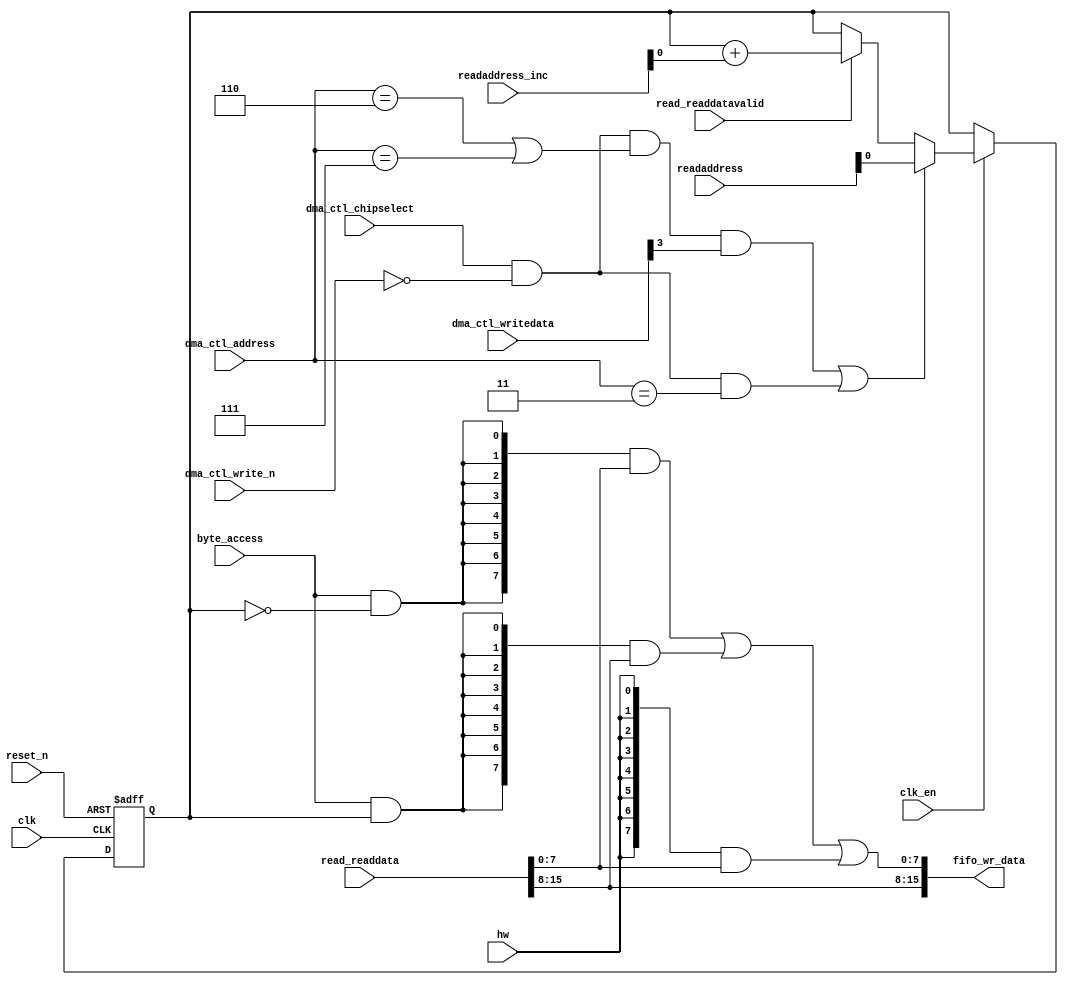
//Legal Notice: (C)2019 Altera Corporation. All rights reserved.  Your
//use of Altera Corporation's design tools, logic functions and other
//software and tools, and its AMPP partner logic functions, and any
//output files any of the foregoing (including device programming or
//simulation files), and any associated documentation or information are
//expressly subject to the terms and conditions of the Altera Program
//License Subscription Agreement or other applicable license agreement,
//including, without limitation, that your use is for the sole purpose
//of programming logic devices manufactured by Altera and sold by Altera
//or its authorized distributors.  Please refer to the applicable
//agreement for further details.

// synthesis translate_off
`timescale 1ns / 1ps
// synthesis translate_on

// turn off superfluous verilog processor warnings 
// altera message_level Level1 
// altera message_off 10034 10035 10036 10037 10230 10240 10030 

module Computer_System_dma1_read_read_data_mux (
                                                 // inputs:
                                                  byte_access,
                                                  clk,
                                                  clk_en,
                                                  dma_ctl_address,
                                                  dma_ctl_chipselect,
                                                  dma_ctl_write_n,
                                                  dma_ctl_writedata,
                                                  hw,
                                                  read_readdata,
                                                  read_readdatavalid,
                                                  readaddress,
                                                  readaddress_inc,
                                                  reset_n,

                                                 // outputs:
                                                  fifo_wr_data
                                               )
;

  output  [ 15: 0] fifo_wr_data;
  input            byte_access;
  input            clk;
  input            clk_en;
  input   [  2: 0] dma_ctl_address;
  input            dma_ctl_chipselect;
  input            dma_ctl_write_n;
  input   [ 31: 0] dma_ctl_writedata;
  input            hw;
  input   [ 15: 0] read_readdata;
  input            read_readdatavalid;
  input   [ 31: 0] readaddress;
  input   [  4: 0] readaddress_inc;
  input            reset_n;


wire             control_write;
wire    [ 15: 0] fifo_wr_data;
wire             length_write;
wire             read_data_mux_input;
reg              readdata_mux_select;
  assign control_write = dma_ctl_chipselect & ~dma_ctl_write_n & ((dma_ctl_address == 6) || (dma_ctl_address == 7));
  assign length_write = dma_ctl_chipselect & ~dma_ctl_write_n & (dma_ctl_address == 3);
  assign read_data_mux_input = ((control_write && dma_ctl_writedata[3] || length_write))? readaddress[1 : 0] :
    (read_readdatavalid)? (readdata_mux_select + readaddress_inc) :
    readdata_mux_select;

  // Reset value: the transaction size bits of the read address reset value.
  always @(posedge clk or negedge reset_n)
    begin
      if (reset_n == 0)
          readdata_mux_select <= 0;
      else if (clk_en)
          readdata_mux_select <= read_data_mux_input;
    end


  assign fifo_wr_data[15 : 8] = read_readdata[15 : 8];
  assign fifo_wr_data[7 : 0] = ({8 {(byte_access & (readdata_mux_select == 0))}} & read_readdata[7 : 0]) |
    ({8 {(byte_access & (readdata_mux_select == 1))}} & read_readdata[15 : 8]) |
    ({8 {hw}} & read_readdata[7 : 0]);


endmodule


// synthesis translate_off
`timescale 1ns / 1ps
// synthesis translate_on

// turn off superfluous verilog processor warnings 
// altera message_level Level1 
// altera message_off 10034 10035 10036 10037 10230 10240 10030 

module Computer_System_dma1_read_byteenables (
                                               // inputs:
                                                byte_access,
                                                hw,
                                                write_address,

                                               // outputs:
                                                write_byteenable
                                             )
;

  output  [  1: 0] write_byteenable;
  input            byte_access;
  input            hw;
  input   [ 25: 0] write_address;


wire             wa_0_is_0;
wire             wa_0_is_1;
wire    [  1: 0] write_byteenable;
  assign wa_0_is_1 = write_address[0] == 1'h1;
  assign wa_0_is_0 = write_address[0] == 1'h0;
  assign write_byteenable = ({2 {byte_access}} & {wa_0_is_1, wa_0_is_0}) |
    ({2 {hw}} & 2'b11);


endmodule


// synthesis translate_off
`timescale 1ns / 1ps
// synthesis translate_on

// turn off superfluous verilog processor warnings 
// altera message_level Level1 
// altera message_off 10034 10035 10036 10037 10230 10240 10030 

module Computer_System_dma1_read_fifo_module_fifo_ram_module (
                                                               // inputs:
                                                                clk,
                                                                data,
                                                                rdaddress,
                                                                rdclken,
                                                                reset_n,
                                                                wraddress,
                                                                wrclock,
                                                                wren,

                                                               // outputs:
                                                                q
                                                             )
;

  output  [ 15: 0] q;
  input            clk;
  input   [ 15: 0] data;
  input   [  4: 0] rdaddress;
  input            rdclken;
  input            reset_n;
  input   [  4: 0] wraddress;
  input            wrclock;
  input            wren;


reg     [ 15: 0] mem_array [ 31: 0];
wire    [ 15: 0] q;
reg     [  4: 0] read_address;

//synthesis translate_off
//////////////// SIMULATION-ONLY CONTENTS
  always @(posedge clk or negedge reset_n)
    begin
      if (reset_n == 0)
          read_address <= 0;
      else if (rdclken)
          read_address <= rdaddress;
    end


  // Data read is synchronized through latent_rdaddress.
  assign q = mem_array[read_address];

  always @(posedge wrclock)
    begin
      // Write data
      if (wren)
          mem_array[wraddress] <= data;
    end



//////////////// END SIMULATION-ONLY CONTENTS

//synthesis translate_on
//synthesis read_comments_as_HDL on
//  always @(rdaddress)
//    begin
//      read_address = rdaddress;
//    end
//
//
//  lpm_ram_dp lpm_ram_dp_component
//    (
//      .data (data),
//      .q (q),
//      .rdaddress (read_address),
//      .rdclken (rdclken),
//      .rdclock (clk),
//      .wraddress (wraddress),
//      .wrclock (wrclock),
//      .wren (wren)
//    );
//
//  defparam lpm_ram_dp_component.lpm_file = "UNUSED",
//           lpm_ram_dp_component.lpm_hint = "USE_EAB=ON",
//           lpm_ram_dp_component.lpm_indata = "REGISTERED",
//           lpm_ram_dp_component.lpm_outdata = "UNREGISTERED",
//           lpm_ram_dp_component.lpm_rdaddress_control = "REGISTERED",
//           lpm_ram_dp_component.lpm_width = 16,
//           lpm_ram_dp_component.lpm_widthad = 5,
//           lpm_ram_dp_component.lpm_wraddress_control = "REGISTERED",
//           lpm_ram_dp_component.suppress_memory_conversion_warnings = "ON";
//
//synthesis read_comments_as_HDL off

endmodule


// synthesis translate_off
`timescale 1ns / 1ps
// synthesis translate_on

// turn off superfluous verilog processor warnings 
// altera message_level Level1 
// altera message_off 10034 10035 10036 10037 10230 10240 10030 

module Computer_System_dma1_read_fifo_module (
                                               // inputs:
                                                clk,
                                                clk_en,
                                                fifo_read,
                                                fifo_wr_data,
                                                fifo_write,
                                                flush_fifo,
                                                inc_pending_data,
                                                reset_n,

                                               // outputs:
                                                fifo_datavalid,
                                                fifo_empty,
                                                fifo_rd_data,
                                                p1_fifo_full
                                             )
;

  output           fifo_datavalid;
  output           fifo_empty;
  output  [ 15: 0] fifo_rd_data;
  output           p1_fifo_full;
  input            clk;
  input            clk_en;
  input            fifo_read;
  input   [ 15: 0] fifo_wr_data;
  input            fifo_write;
  input            flush_fifo;
  input            inc_pending_data;
  input            reset_n;


wire    [  4: 0] estimated_rdaddress;
reg     [  4: 0] estimated_wraddress;
wire             fifo_datavalid;
wire             fifo_dec;
reg              fifo_empty;
reg              fifo_full;
wire             fifo_inc;
wire    [ 15: 0] fifo_ram_q;
wire    [ 15: 0] fifo_rd_data;
reg              last_write_collision;
reg     [ 15: 0] last_write_data;
wire    [  4: 0] p1_estimated_wraddress;
wire             p1_fifo_empty;
wire             p1_fifo_full;
wire    [  4: 0] p1_wraddress;
wire    [  4: 0] rdaddress;
reg     [  4: 0] rdaddress_reg;
reg     [  4: 0] wraddress;
wire             write_collision;
  assign p1_wraddress = (fifo_write)? wraddress - 1 :
    wraddress;

  always @(posedge clk or negedge reset_n)
    begin
      if (reset_n == 0)
          wraddress <= 0;
      else if (clk_en)
          if (flush_fifo)
              wraddress <= 0;
          else 
            wraddress <= p1_wraddress;
    end


  assign rdaddress = flush_fifo ? 0 : fifo_read ? (rdaddress_reg - 1) : rdaddress_reg;
  always @(posedge clk or negedge reset_n)
    begin
      if (reset_n == 0)
          rdaddress_reg <= 0;
      else 
        rdaddress_reg <= rdaddress;
    end


  assign fifo_datavalid = ~fifo_empty;
  assign fifo_inc = fifo_write & ~fifo_read;
  assign fifo_dec = fifo_read & ~fifo_write;
  assign estimated_rdaddress = rdaddress_reg - 1;
  assign p1_estimated_wraddress = (inc_pending_data)? estimated_wraddress - 1 :
    estimated_wraddress;

  always @(posedge clk or negedge reset_n)
    begin
      if (reset_n == 0)
          estimated_wraddress <= {5 {1'b1}};
      else if (clk_en)
          if (flush_fifo)
              estimated_wraddress <= {5 {1'b1}};
          else 
            estimated_wraddress <= p1_estimated_wraddress;
    end


  assign p1_fifo_empty = flush_fifo  | ((~fifo_inc & fifo_empty) | (fifo_dec & (wraddress == estimated_rdaddress)));
  always @(posedge clk or negedge reset_n)
    begin
      if (reset_n == 0)
          fifo_empty <= 1;
      else if (clk_en)
          fifo_empty <= p1_fifo_empty;
    end


  assign p1_fifo_full = ~flush_fifo & ((~fifo_dec & fifo_full)  | (inc_pending_data & (estimated_wraddress == rdaddress)));
  always @(posedge clk or negedge reset_n)
    begin
      if (reset_n == 0)
          fifo_full <= 0;
      else if (clk_en)
          fifo_full <= p1_fifo_full;
    end


  assign write_collision = fifo_write && (wraddress == rdaddress);
  always @(posedge clk or negedge reset_n)
    begin
      if (reset_n == 0)
          last_write_data <= 0;
      else if (write_collision)
          last_write_data <= fifo_wr_data;
    end


  always @(posedge clk or negedge reset_n)
    begin
      if (reset_n == 0)
          last_write_collision <= 0;
      else if (write_collision)
          last_write_collision <= -1;
      else if (fifo_read)
          last_write_collision <= 0;
    end


  assign fifo_rd_data = last_write_collision ? last_write_data : fifo_ram_q;
  //Computer_System_dma1_read_fifo_module_fifo_ram, which is an e_ram
  Computer_System_dma1_read_fifo_module_fifo_ram_module Computer_System_dma1_read_fifo_module_fifo_ram
    (
      .clk       (clk),
      .data      (fifo_wr_data),
      .q         (fifo_ram_q),
      .rdaddress (rdaddress),
      .rdclken   (1'b1),
      .reset_n   (reset_n),
      .wraddress (wraddress),
      .wrclock   (clk),
      .wren      (fifo_write)
    );


endmodule


// synthesis translate_off
`timescale 1ns / 1ps
// synthesis translate_on

// turn off superfluous verilog processor warnings 
// altera message_level Level1 
// altera message_off 10034 10035 10036 10037 10230 10240 10030 

module Computer_System_dma1_read_mem_read (
                                            // inputs:
                                             clk,
                                             clk_en,
                                             go,
                                             p1_done_read,
                                             p1_fifo_full,
                                             read_waitrequest,
                                             reset_n,

                                            // outputs:
                                             inc_read,
                                             mem_read_n
                                          )
;

  output           inc_read;
  output           mem_read_n;
  input            clk;
  input            clk_en;
  input            go;
  input            p1_done_read;
  input            p1_fifo_full;
  input            read_waitrequest;
  input            reset_n;


reg              Computer_System_dma1_read_mem_read_access;
reg              Computer_System_dma1_read_mem_read_idle;
wire             inc_read;
wire             mem_read_n;
wire             p1_read_select;
reg              read_select;
  assign mem_read_n = ~read_select;
  always @(posedge clk or negedge reset_n)
    begin
      if (reset_n == 0)
          read_select <= 0;
      else if (clk_en)
          read_select <= p1_read_select;
    end


  assign inc_read = read_select & ~read_waitrequest;
  // Transitions into state 'idle'.
  always @(posedge clk or negedge reset_n)
    begin
      if (reset_n == 0)
          Computer_System_dma1_read_mem_read_idle <= 1;
      else if (clk_en)
          Computer_System_dma1_read_mem_read_idle <= ((Computer_System_dma1_read_mem_read_idle == 1) & (go == 0)) |
                    ((Computer_System_dma1_read_mem_read_idle == 1) & (p1_done_read == 1)) |
                    ((Computer_System_dma1_read_mem_read_idle == 1) & (p1_fifo_full == 1)) |
                    ((Computer_System_dma1_read_mem_read_access == 1) & (p1_fifo_full == 1) & (read_waitrequest == 0)) |
                    ((Computer_System_dma1_read_mem_read_access == 1) & (p1_done_read == 1) & (read_waitrequest == 0));

    end


  // Transitions into state 'access'.
  always @(posedge clk or negedge reset_n)
    begin
      if (reset_n == 0)
          Computer_System_dma1_read_mem_read_access <= 0;
      else if (clk_en)
          Computer_System_dma1_read_mem_read_access <= ((Computer_System_dma1_read_mem_read_idle == 1) & (p1_fifo_full == 0) & (p1_done_read == 0) & (go == 1)) |
                    ((Computer_System_dma1_read_mem_read_access == 1) & (read_waitrequest == 1)) |
                    ((Computer_System_dma1_read_mem_read_access == 1) & (p1_fifo_full == 0) & (p1_done_read == 0) & (read_waitrequest == 0));

    end


  assign p1_read_select = ({1 {((Computer_System_dma1_read_mem_read_access && (read_waitrequest == 1)))}} & 1) |
    ({1 {((Computer_System_dma1_read_mem_read_access && (p1_done_read == 0) && (p1_fifo_full == 0) && (read_waitrequest == 0)))}} & 1) |
    ({1 {((Computer_System_dma1_read_mem_read_idle && (go == 1) && (p1_done_read == 0) && (p1_fifo_full == 0)))}} & 1);


endmodule


// synthesis translate_off
`timescale 1ns / 1ps
// synthesis translate_on

// turn off superfluous verilog processor warnings 
// altera message_level Level1 
// altera message_off 10034 10035 10036 10037 10230 10240 10030 

module Computer_System_dma1_read_mem_write (
                                             // inputs:
                                              d1_enabled_write_endofpacket,
                                              fifo_datavalid,
                                              write_waitrequest,

                                             // outputs:
                                              fifo_read,
                                              inc_write,
                                              mem_write_n,
                                              write_select
                                           )
;

  output           fifo_read;
  output           inc_write;
  output           mem_write_n;
  output           write_select;
  input            d1_enabled_write_endofpacket;
  input            fifo_datavalid;
  input            write_waitrequest;


wire             fifo_read;
wire             inc_write;
wire             mem_write_n;
wire             write_select;
  assign write_select = fifo_datavalid & ~d1_enabled_write_endofpacket;
  assign mem_write_n = ~write_select;
  assign fifo_read = write_select & ~write_waitrequest;
  assign inc_write = fifo_read;

endmodule


// synthesis translate_off
`timescale 1ns / 1ps
// synthesis translate_on

// turn off superfluous verilog processor warnings 
// altera message_level Level1 
// altera message_off 10034 10035 10036 10037 10230 10240 10030 

//DMA peripheral Computer_System_dma1_read
//Read slaves:
//ARM_A9_HPS_sdrctl.axi_slave0,ARM_A9_HPS_uart0.axi_slave0,ARM_A9_HPS_fpgamgr.axi_slave0,ARM_A9_HPS_sysmgr.axi_slave0,ARM_A9_HPS_fpgamgr.axi_slave1,ARM_A9_HPS_i2c1.axi_slave0,ARM_A9_HPS_dcan1.axi_slave0,ARM_A9_HPS_clkmgr.axi_slave0,ARM_A9_HPS_axi_sdram.axi_slave0,ARM_A9_HPS_gmac0.axi_slave0,ARM_A9_HPS_gpio1.axi_slave0,ARM_A9_HPS_l3regs.axi_slave0,ARM_A9_HPS_timer.axi_slave0,ARM_A9_HPS_spim0.axi_slave0,ARM_A9_HPS_i2c3.axi_slave0,ARM_A9_HPS_dma.axi_slave0,ARM_A9_HPS_timer1.axi_slave0,ARM_A9_HPS_usb1.axi_slave0,ARM_A9_HPS_timer3.axi_slave0,ARM_A9_HPS_sdmmc.axi_slave0,ARM_A9_HPS_uart1.axi_slave0,ARM_A9_HPS_qspi.axi_slave0,ARM_A9_HPS_L2.axi_slave0,ARM_A9_HPS_i2c0.axi_slave0,ARM_A9_HPS_dcan0.axi_slave0,ARM_A9_HPS_qspi.axi_slave1,ARM_A9_HPS_rstmgr.axi_slave0,ARM_A9_HPS_gpio0.axi_slave0,ARM_A9_HPS_i2c2.axi_slave0,ARM_A9_HPS_arm_gic_0.axi_slave0,ARM_A9_HPS_timer0.axi_slave0,ARM_A9_HPS_gmac1.axi_slave0,ARM_A9_HPS_gpio2.axi_slave0,ARM_A9_HPS_nand0.axi_slave0,ARM_A9_HPS_arm_gic_0.axi_slave1,ARM_A9_HPS_spim1.axi_slave0,ARM_A9_HPS_nand0.axi_slave1,ARM_A9_HPS_usb0.axi_slave0,ARM_A9_HPS_axi_ocram.axi_slave0,ARM_A9_HPS_timer2.axi_slave0; 
//Write slaves:
//SDRAM.s1; 


module Computer_System_dma1_read (
                                   // inputs:
                                    clk,
                                    dma_ctl_address,
                                    dma_ctl_chipselect,
                                    dma_ctl_write_n,
                                    dma_ctl_writedata,
                                    read_readdata,
                                    read_readdatavalid,
                                    read_waitrequest,
                                    system_reset_n,
                                    write_waitrequest,

                                   // outputs:
                                    dma_ctl_irq,
                                    dma_ctl_readdata,
                                    read_address,
                                    read_chipselect,
                                    read_read_n,
                                    write_address,
                                    write_byteenable,
                                    write_chipselect,
                                    write_write_n,
                                    write_writedata
                                 )
  /* synthesis ALTERA_ATTRIBUTE = "SUPPRESS_DA_RULE_INTERNAL=\"R101\"" */ ;

  output           dma_ctl_irq;
  output  [ 31: 0] dma_ctl_readdata;
  output  [ 31: 0] read_address;
  output           read_chipselect;
  output           read_read_n;
  output  [ 25: 0] write_address;
  output  [  1: 0] write_byteenable;
  output           write_chipselect;
  output           write_write_n;
  output  [ 15: 0] write_writedata;
  input            clk;
  input   [  2: 0] dma_ctl_address;
  input            dma_ctl_chipselect;
  input            dma_ctl_write_n;
  input   [ 31: 0] dma_ctl_writedata;
  input   [ 15: 0] read_readdata;
  input            read_readdatavalid;
  input            read_waitrequest;
  input            system_reset_n;
  input            write_waitrequest;


wire             busy;
wire             byte_access;
wire             clk_en;
reg     [ 12: 0] control;
reg              d1_done_transaction;
reg              d1_enabled_write_endofpacket;
reg              d1_read_got_endofpacket;
reg              d1_softwarereset;
wire             dma_ctl_irq;
reg     [ 31: 0] dma_ctl_readdata;
reg              done;
wire             done_transaction;
reg              done_write;
wire             doubleword;
wire             enabled_write_endofpacket;
wire             fifo_datavalid;
wire             fifo_empty;
wire    [ 15: 0] fifo_rd_data;
wire    [ 15: 0] fifo_rd_data_as_byte_access;
wire    [ 15: 0] fifo_rd_data_as_hw;
wire             fifo_read;
wire    [ 15: 0] fifo_wr_data;
wire             fifo_write;
wire             fifo_write_data_valid;
wire             flush_fifo;
wire             go;
wire             hw;
wire             i_en;
wire             inc_read;
wire             inc_write;
wire             leen;
reg              len;
reg     [ 31: 0] length;
reg              length_eq_0;
wire             mem_read_n;
wire             mem_write_n;
wire    [ 12: 0] p1_control;
wire    [ 31: 0] p1_dma_ctl_readdata;
wire             p1_done_read;
wire             p1_done_write;
wire             p1_fifo_full;
wire    [ 31: 0] p1_length;
wire             p1_length_eq_0;
wire             p1_read_got_endofpacket;
wire    [ 31: 0] p1_readaddress;
wire             p1_write_got_endofpacket;
wire    [ 25: 0] p1_writeaddress;
wire    [ 31: 0] p1_writelength;
wire             p1_writelength_eq_0;
wire             quadword;
wire             rcon;
wire    [ 31: 0] read_address;
wire             read_chipselect;
wire             read_endofpacket;
reg              read_got_endofpacket;
wire             read_read_n;
reg     [ 31: 0] readaddress;
wire    [  4: 0] readaddress_inc;
wire             reen;
reg              reop;
reg              reset_n;
wire             set_software_reset_bit;
reg              software_reset_request;
wire             softwarereset;
wire    [  4: 0] status;
wire             status_register_write;
wire             wcon;
wire             ween;
reg              weop;
wire             word;
wire    [ 25: 0] write_address;
wire    [  1: 0] write_byteenable;
wire             write_chipselect;
wire             write_endofpacket;
reg              write_got_endofpacket;
wire             write_select;
wire             write_write_n;
wire    [ 15: 0] write_writedata;
reg     [ 25: 0] writeaddress;
wire    [  4: 0] writeaddress_inc;
reg     [ 31: 0] writelength;
reg              writelength_eq_0;
  assign clk_en = 1;
  //control_port_slave, which is an e_avalon_slave
  //read_master, which is an e_avalon_master
  Computer_System_dma1_read_read_data_mux the_Computer_System_dma1_read_read_data_mux
    (
      .byte_access        (byte_access),
      .clk                (clk),
      .clk_en             (clk_en),
      .dma_ctl_address    (dma_ctl_address),
      .dma_ctl_chipselect (dma_ctl_chipselect),
      .dma_ctl_write_n    (dma_ctl_write_n),
      .dma_ctl_writedata  (dma_ctl_writedata),
      .fifo_wr_data       (fifo_wr_data),
      .hw                 (hw),
      .read_readdata      (read_readdata),
      .read_readdatavalid (read_readdatavalid),
      .readaddress        (readaddress),
      .readaddress_inc    (readaddress_inc),
      .reset_n            (reset_n)
    );

  //write_master, which is an e_avalon_master
  Computer_System_dma1_read_byteenables the_Computer_System_dma1_read_byteenables
    (
      .byte_access      (byte_access),
      .hw               (hw),
      .write_address    (write_address),
      .write_byteenable (write_byteenable)
    );

  assign read_read_n = mem_read_n;
  assign status_register_write = dma_ctl_chipselect & ~dma_ctl_write_n & (dma_ctl_address == 0);
  // read address
  always @(posedge clk or negedge reset_n)
    begin
      if (reset_n == 0)
          readaddress <= 32'h0;
      else if (clk_en)
          readaddress <= p1_readaddress;
    end


  assign p1_readaddress = ((dma_ctl_chipselect & ~dma_ctl_write_n & (dma_ctl_address == 1)))? dma_ctl_writedata :
    (inc_read)? (readaddress + readaddress_inc) :
    readaddress;

  // write address
  always @(posedge clk or negedge reset_n)
    begin
      if (reset_n == 0)
          writeaddress <= 26'h0;
      else if (clk_en)
          writeaddress <= p1_writeaddress;
    end


  assign p1_writeaddress = ((dma_ctl_chipselect & ~dma_ctl_write_n & (dma_ctl_address == 2)))? dma_ctl_writedata :
    (inc_write)? (writeaddress + writeaddress_inc) :
    writeaddress;

  // length in bytes
  always @(posedge clk or negedge reset_n)
    begin
      if (reset_n == 0)
          length <= 32'h0;
      else if (clk_en)
          length <= p1_length;
    end


  assign p1_length = ((dma_ctl_chipselect & ~dma_ctl_write_n & (dma_ctl_address == 3)))? dma_ctl_writedata :
    ((inc_read && (!length_eq_0)))? length - {1'b0,
    1'b0,
    1'b0,
    hw,
    byte_access} :
    length;

  // control register
  always @(posedge clk or negedge reset_n)
    begin
      if (reset_n == 0)
          control <= 13'h84;
      else if (clk_en)
          control <= p1_control;
    end


  assign p1_control = ((dma_ctl_chipselect & ~dma_ctl_write_n & ((dma_ctl_address == 6) || (dma_ctl_address == 7))))? dma_ctl_writedata :
    control;

  // write master length
  always @(posedge clk or negedge reset_n)
    begin
      if (reset_n == 0)
          writelength <= 32'h0;
      else if (clk_en)
          writelength <= p1_writelength;
    end


  assign p1_writelength = ((dma_ctl_chipselect & ~dma_ctl_write_n & (dma_ctl_address == 3)))? dma_ctl_writedata :
    ((inc_write && (!writelength_eq_0)))? writelength - {1'b0,
    1'b0,
    1'b0,
    hw,
    byte_access} :
    writelength;

  assign p1_writelength_eq_0 = inc_write && (!writelength_eq_0) && ((writelength  - {1'b0,
    1'b0,
    1'b0,
    hw,
    byte_access}) == 0);

  assign p1_length_eq_0 = inc_read && (!length_eq_0) && ((length  - {1'b0,
    1'b0,
    1'b0,
    hw,
    byte_access}) == 0);

  always @(posedge clk or negedge reset_n)
    begin
      if (reset_n == 0)
          length_eq_0 <= 1;
      else if (clk_en)
          if (dma_ctl_chipselect & ~dma_ctl_write_n & (dma_ctl_address == 3))
              length_eq_0 <= 0;
          else if (p1_length_eq_0)
              length_eq_0 <= -1;
    end


  always @(posedge clk or negedge reset_n)
    begin
      if (reset_n == 0)
          writelength_eq_0 <= 1;
      else if (clk_en)
          if (dma_ctl_chipselect & ~dma_ctl_write_n & (dma_ctl_address == 3))
              writelength_eq_0 <= 0;
          else if (p1_writelength_eq_0)
              writelength_eq_0 <= -1;
    end


  assign writeaddress_inc = (wcon)? 0 :
    {1'b0,
    1'b0,
    1'b0,
    hw,
    byte_access};

  assign readaddress_inc = (rcon)? 0 :
    {1'b0,
    1'b0,
    1'b0,
    hw,
    byte_access};

  assign p1_dma_ctl_readdata = ({32 {(dma_ctl_address == 0)}} & status) |
    ({32 {(dma_ctl_address == 1)}} & readaddress) |
    ({32 {(dma_ctl_address == 2)}} & writeaddress) |
    ({32 {(dma_ctl_address == 3)}} & writelength) |
    ({32 {(dma_ctl_address == 6)}} & control);

  always @(posedge clk or negedge reset_n)
    begin
      if (reset_n == 0)
          dma_ctl_readdata <= 0;
      else if (clk_en)
          dma_ctl_readdata <= p1_dma_ctl_readdata;
    end


  assign done_transaction = go & done_write;
  always @(posedge clk or negedge reset_n)
    begin
      if (reset_n == 0)
          done <= 0;
      else if (clk_en)
          if (status_register_write)
              done <= 0;
          else if (done_transaction & ~d1_done_transaction)
              done <= -1;
    end


  always @(posedge clk or negedge reset_n)
    begin
      if (reset_n == 0)
          d1_done_transaction <= 0;
      else if (clk_en)
          d1_done_transaction <= done_transaction;
    end


  assign busy = go & ~done_write;
  assign status[0] = done;
  assign status[1] = busy;
  assign status[2] = reop;
  assign status[3] = weop;
  assign status[4] = len;
  assign byte_access = control[0];
  assign hw = control[1];
  assign word = control[2];
  assign go = control[3];
  assign i_en = control[4];
  assign reen = control[5];
  assign ween = control[6];
  assign leen = control[7];
  assign rcon = control[8];
  assign wcon = control[9];
  assign doubleword = control[10];
  assign quadword = control[11];
  assign softwarereset = control[12];
  assign dma_ctl_irq = i_en & done;
  assign p1_read_got_endofpacket = ~status_register_write && (read_got_endofpacket || (read_endofpacket & reen));
  assign p1_write_got_endofpacket = ~status_register_write && (write_got_endofpacket || (inc_write & write_endofpacket & ween));
  always @(posedge clk or negedge reset_n)
    begin
      if (reset_n == 0)
          read_got_endofpacket <= 0;
      else if (clk_en)
          read_got_endofpacket <= p1_read_got_endofpacket;
    end


  always @(posedge clk or negedge reset_n)
    begin
      if (reset_n == 0)
          write_got_endofpacket <= 0;
      else if (clk_en)
          write_got_endofpacket <= p1_write_got_endofpacket;
    end


  assign flush_fifo = ~d1_done_transaction & done_transaction;
  Computer_System_dma1_read_fifo_module the_Computer_System_dma1_read_fifo_module
    (
      .clk              (clk),
      .clk_en           (clk_en),
      .fifo_datavalid   (fifo_datavalid),
      .fifo_empty       (fifo_empty),
      .fifo_rd_data     (fifo_rd_data),
      .fifo_read        (fifo_read),
      .fifo_wr_data     (fifo_wr_data),
      .fifo_write       (fifo_write),
      .flush_fifo       (flush_fifo),
      .inc_pending_data (inc_read),
      .p1_fifo_full     (p1_fifo_full),
      .reset_n          (reset_n)
    );

  //the_Computer_System_dma1_read_mem_read, which is an e_instance
  Computer_System_dma1_read_mem_read the_Computer_System_dma1_read_mem_read
    (
      .clk              (clk),
      .clk_en           (clk_en),
      .go               (go),
      .inc_read         (inc_read),
      .mem_read_n       (mem_read_n),
      .p1_done_read     (p1_done_read),
      .p1_fifo_full     (p1_fifo_full),
      .read_waitrequest (read_waitrequest),
      .reset_n          (reset_n)
    );

  assign fifo_write = fifo_write_data_valid;
  assign enabled_write_endofpacket = write_endofpacket & ween;
  always @(posedge clk or negedge reset_n)
    begin
      if (reset_n == 0)
          d1_enabled_write_endofpacket <= 0;
      else if (clk_en)
          d1_enabled_write_endofpacket <= enabled_write_endofpacket;
    end


  Computer_System_dma1_read_mem_write the_Computer_System_dma1_read_mem_write
    (
      .d1_enabled_write_endofpacket (d1_enabled_write_endofpacket),
      .fifo_datavalid               (fifo_datavalid),
      .fifo_read                    (fifo_read),
      .inc_write                    (inc_write),
      .mem_write_n                  (mem_write_n),
      .write_select                 (write_select),
      .write_waitrequest            (write_waitrequest)
    );

  assign p1_done_read = (leen && (p1_length_eq_0 || (length_eq_0))) | p1_read_got_endofpacket | p1_done_write;
  always @(posedge clk or negedge reset_n)
    begin
      if (reset_n == 0)
          len <= 0;
      else if (clk_en)
          if (status_register_write)
              len <= 0;
          else if (~d1_done_transaction & done_transaction && (writelength_eq_0))
              len <= -1;
    end


  always @(posedge clk or negedge reset_n)
    begin
      if (reset_n == 0)
          reop <= 0;
      else if (clk_en)
          if (status_register_write)
              reop <= 0;
          else if (fifo_empty & read_got_endofpacket & d1_read_got_endofpacket)
              reop <= -1;
    end


  always @(posedge clk or negedge reset_n)
    begin
      if (reset_n == 0)
          weop <= 0;
      else if (clk_en)
          if (status_register_write)
              weop <= 0;
          else if (write_got_endofpacket)
              weop <= -1;
    end


  assign p1_done_write = (leen && (p1_writelength_eq_0 || writelength_eq_0)) | p1_write_got_endofpacket | fifo_empty & d1_read_got_endofpacket;
  always @(posedge clk or negedge reset_n)
    begin
      if (reset_n == 0)
          d1_read_got_endofpacket <= 0;
      else if (clk_en)
          d1_read_got_endofpacket <= read_got_endofpacket;
    end


  // Write has completed when the length goes to 0, or
  //the write source said end-of-packet, or
  //the read source said end-of-packet and the fifo has emptied.
  always @(posedge clk or negedge reset_n)
    begin
      if (reset_n == 0)
          done_write <= 0;
      else if (clk_en)
          done_write <= p1_done_write;
    end


  assign read_address = readaddress;
  assign write_address = writeaddress;
  assign write_chipselect = write_select;
  assign read_chipselect = ~read_read_n;
  assign write_write_n = mem_write_n;
  assign fifo_rd_data_as_byte_access = {fifo_rd_data[7 : 0],
    fifo_rd_data[7 : 0]};

  assign fifo_rd_data_as_hw = fifo_rd_data[15 : 0];
  assign write_writedata = ({16 {byte_access}} & fifo_rd_data_as_byte_access) |
    ({16 {hw}} & fifo_rd_data_as_hw);

  assign fifo_write_data_valid = read_readdatavalid;
  assign set_software_reset_bit = ((dma_ctl_chipselect & ~dma_ctl_write_n & ((dma_ctl_address == 6) || (dma_ctl_address == 7)))) & (dma_ctl_address != 7) & dma_ctl_writedata[12];
  always @(posedge clk or negedge system_reset_n)
    begin
      if (system_reset_n == 0)
          d1_softwarereset <= 0;
      else if (set_software_reset_bit | software_reset_request)
          d1_softwarereset <= softwarereset & ~software_reset_request;
    end


  always @(posedge clk or negedge system_reset_n)
    begin
      if (system_reset_n == 0)
          software_reset_request <= 0;
      else if (set_software_reset_bit | software_reset_request)
          software_reset_request <= d1_softwarereset & ~software_reset_request;
    end


  always @(posedge clk or negedge system_reset_n)
    begin
      if (system_reset_n == 0)
          reset_n <= 0;
      else 
        reset_n <= ~(~system_reset_n | software_reset_request);
    end


  assign read_endofpacket = 0;
  assign write_endofpacket = 0;

endmodule